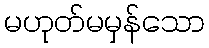
မဟုတ်မမှန်သော